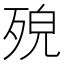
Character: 𣨆